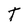
Character: T